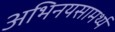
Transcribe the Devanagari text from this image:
अभिनयसामर्थ्य